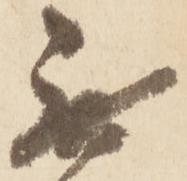
無